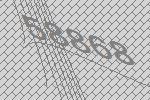
58868